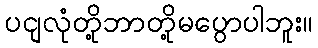
ပငျလုံတို့ဘာတို့မပွောပါဘူး။